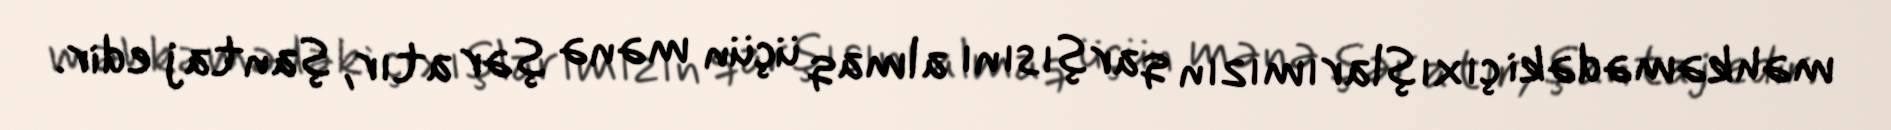
məhkəmədəki çıxışlarımızın qarşısını almaq üçün mənə şər atır, şantaj edir.